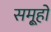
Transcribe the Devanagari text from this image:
समू्हों